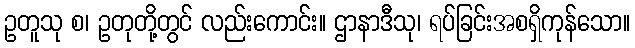
ဥတူသု စ၊ ဥတုတို့တွင် လည်းကောင်း။ ဌာနာဒီသု၊ ရပ်ခြင်းအစရှိကုန်သော။